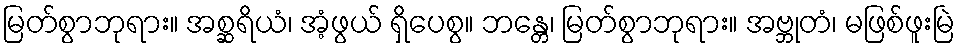
မြတ်စွာဘုရား။ အစ္ဆရိယံ၊ အံ့ဖွယ် ရှိပေစွ။ ဘန္တေ၊ မြတ်စွာဘုရား။ အဗ္ဘုတံ၊ မဖြစ်ဖူးမြဲ